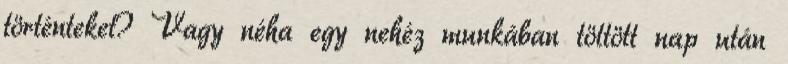
történteket? Vagy néha egy nehéz munkában töltött nap után